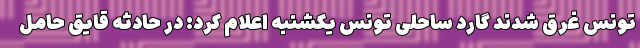
تونس غرق شدند گارد ساحلی تونس یکشنبه اعلام کرد: در حادثه قایق حامل